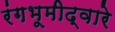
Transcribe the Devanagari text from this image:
रंगभूमीद्वारे